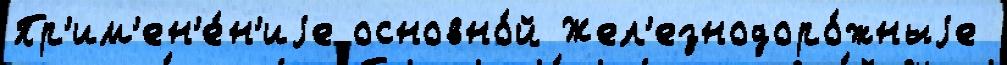
Пр'им'ен'е́н'иjе основно́й Жел'езнодоро́жныjе